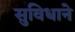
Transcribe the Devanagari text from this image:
सुविधाने